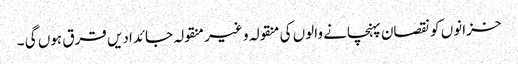
خزانوں کو نقصان پہنچانے والوں کی منقولہ و غیر منقولہ جائدادیں قرق ہوں گی ۔